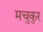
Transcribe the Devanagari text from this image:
मचुकुर